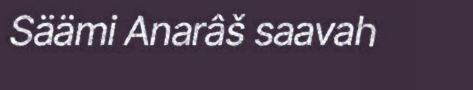
Säämi Anarâš saavah